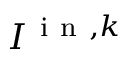
I ^ { \mathrm { ~ i ~ n ~ } , k }